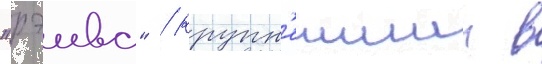
"рэива" / крупн'еишии в